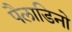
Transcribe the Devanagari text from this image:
पैलाडिनो